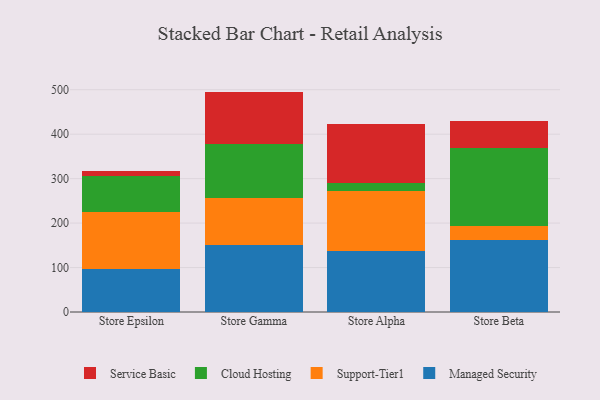
{"axis": {"x": "Store", "y": "Production Output"}, "legend": ["Cloud Hosting", "Managed Security", "Service Basic", "Support-Tier1"], "data": [{"x": "Store Epsilon", "y": 96.9, "type": "Managed Security"}, {"x": "Store Epsilon", "y": 128.6, "type": "Support-Tier1"}, {"x": "Store Epsilon", "y": 80.6, "type": "Cloud Hosting"}, {"x": "Store Epsilon", "y": 11.5, "type": "Service Basic"}, {"x": "Store Gamma", "y": 151.0, "type": "Managed Security"}, {"x": "Store Gamma", "y": 106.5, "type": "Support-Tier1"}, {"x": "Store Gamma", "y": 121.5, "type": "Cloud Hosting"}, {"x": "Store Gamma", "y": 116.8, "type": "Service Basic"}, {"x": "Store Alpha", "y": 137.4, "type": "Managed Security"}, {"x": "Store Alpha", "y": 133.7, "type": "Support-Tier1"}, {"x": "Store Alpha", "y": 18.5, "type": "Cloud Hosting"}, {"x": "Store Alpha", "y": 134.1, "type": "Service Basic"}, {"x": "Store Beta", "y": 160.9, "type": "Managed Security"}, {"x": "Store Beta", "y": 32.5, "type": "Support-Tier1"}, {"x": "Store Beta", "y": 175.2, "type": "Cloud Hosting"}, {"x": "Store Beta", "y": 60.9, "type": "Service Basic"}]}